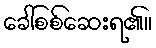
ခေါ်စစ်ဆေးရ၏။